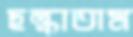
ছল্‌কাতাম